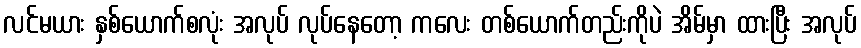
လင်မယား နှစ်ယောက်စလုံး အလုပ် လုပ်နေတော့ ကလေး တစ်ယောက်တည်းကိုပဲ အိမ်မှာ ထားပြီး အလုပ်